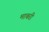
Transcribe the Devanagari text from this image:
माबरी